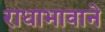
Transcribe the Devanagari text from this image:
राधाभावाने